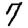
Digit: 7